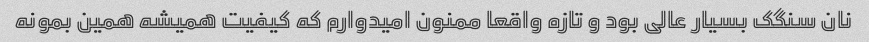
نان سنگک بسیار عالی بود و تازه واقعا ممنون امیدوارم که کیفیت همیشه همین بمونه